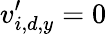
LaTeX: v_{i,d,y}^{\prime}=0